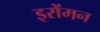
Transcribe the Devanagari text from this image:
इरोंमन